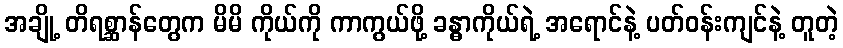
အချို့ တိရစ္ဆာန်တွေက မိမိ ကိုယ်ကို ကာကွယ်ဖို့ ခန္ဓာကိုယ်ရဲ့ အရောင်နဲ့ ပတ်ဝန်းကျင်နဲ့ တူတဲ့